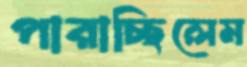
পারাচ্ছিলেম